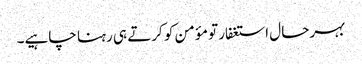
بہرحال استغفار تو مؤمن کو کرتے ہی رہنا چاہیے۔